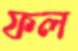
ফল